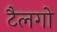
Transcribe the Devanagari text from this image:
टैलगो